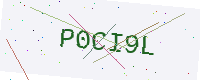
Text: P0CI9L